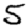
Digit: 5